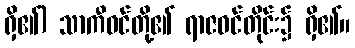
ရှိ၏) သာကီဝင်တို့၏ ရာဇဝင်တိုင်း၌ ရှိ၏။